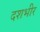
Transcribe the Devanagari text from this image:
दशभीर